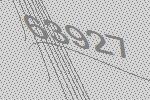
63927